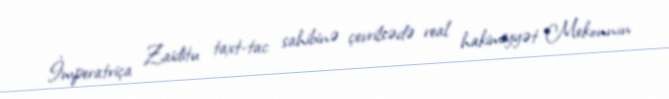
İmperatriça Zaiditu taxt-tac sahibinə çevrilsədə real hakimiyyət Mekonnın